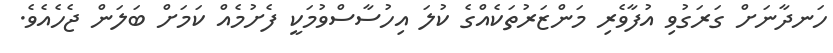
ހަނދާނަށް ގަރަގުވި އުފާވެރި މަންޒަރުތަކެއްގެ ކުލަ އިހުސާސްވުމަކީ ފެށުމެއް ކަމަށް ބަލަން ޖެހެއެވެ.